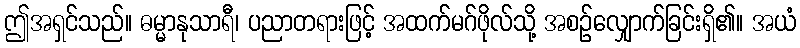
ဤအရှင်သည်။ ဓမ္မာနုသာရီ၊ ပညာတရားဖြင့် အထက်မဂ်ဖိုလ်သို့ အစဉ်လျှောက်ခြင်းရှိ၏။ အယံ